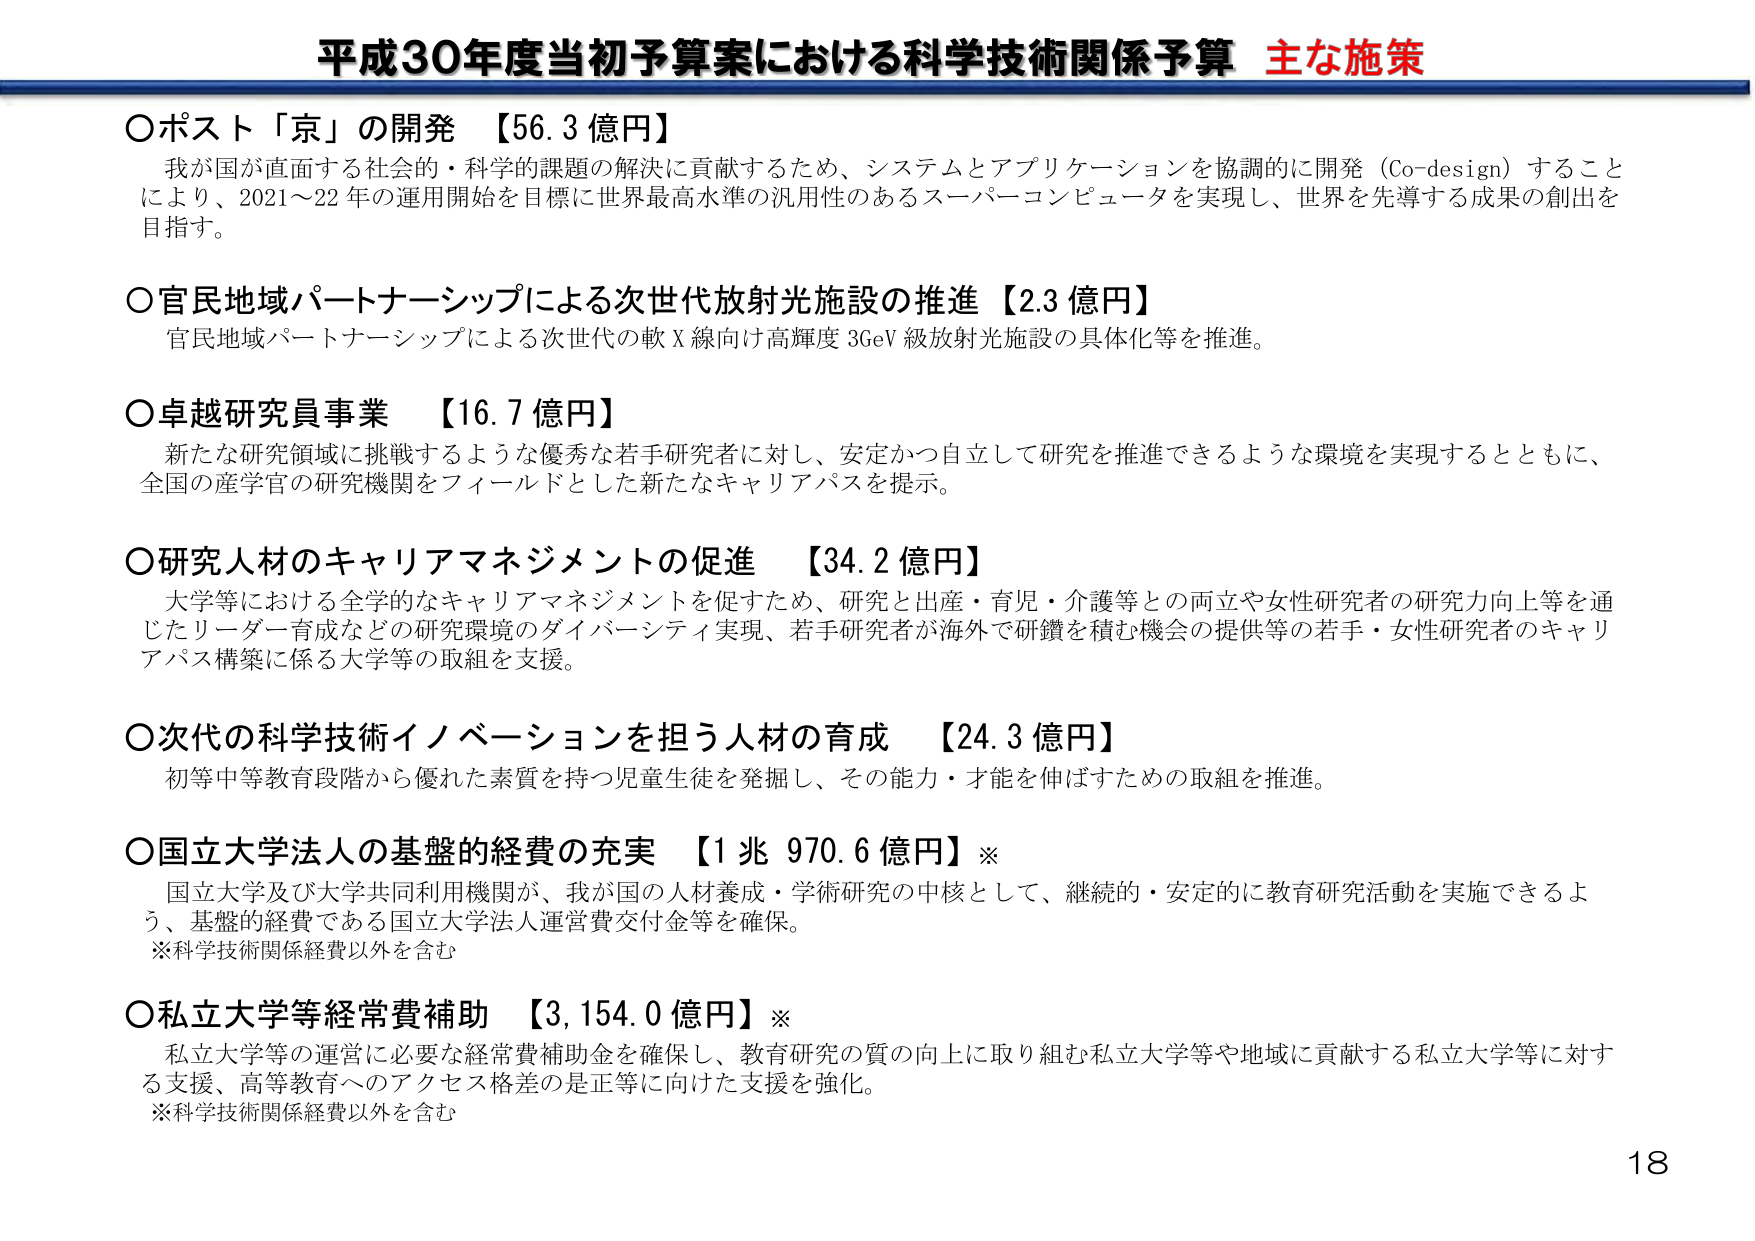
平成30年度当初予算案における科学技術関係予算 主な施策

○ポスト「京」の開発 【56.3 億円】
我が国が直面する社会的・科学的課題の解決に貢献するため、システムとアプリケーションを協調的に開発（Co-design）することにより、2021～22年の運用開始を目標に世界最高水準の汎用性のあるスーパーコンピュータを実現し、世界を先導する成果の創出を目指す。

○官民地域パートナーシップによる次世代放射光施設の推進 【2.3 億円】
官民地域パートナーシップによる次世代の軟X線向け高輝度3GeV級放射光施設の具体化等を推進。

○卓越研究員事業 【16.7 億円】
新たな研究領域に挑戦するような優秀な若手研究者に対し、安定かつ自立して研究を推進できるような環境を実現するとともに、全国の産学官の研究機関をフィールドとした新たなキャリアパスを提示。

○研究人材のキャリアマネジメントの促進 【34.2 億円】
大学等における全学的なキャリアマネジメントを促すため、研究と出産・育児・介護等との両立や女性研究者の研究力向上等を通じたリーダー育成などの研究環境のダイバーシティ実現、若手研究者が海外で研鑽を積む機会の提供等の若手・女性研究者のキャリアパス構築に係る大学等の取組を支援。

○次世代の科学技術イノベーションを担う人材の育成 【24.3 億円】
初等中等教育段階から優れた素質を持つ児童生徒を発掘し、その能力・才能を伸ばすための取組を推進。

○国立大学法人の基盤的経費の充実 【1 兆 970.6 億円】※
国立大学及び大学共同利用機関が、我が国の人材養成・学術研究の中核として、継続的・安定的に教育研究活動を実施できるよう、基盤的経費である国立大学法人運営費交付金等を確保。
※科学技術関係経費以外を含む

○私立大学等経常費補助 【3,154.0 億円】※
私立大学等の運営に必要な経常費補助金を確保し、教育研究の質の向上に取り組む私立大学等や地域に貢献する私立大学等に対する支援、高等教育へのアクセス格差の是正等に向けた支援を強化。
※科学技術関係経費以外を含む

18